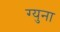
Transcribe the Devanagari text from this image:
ग्युना